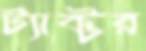
ট্যাক্টর